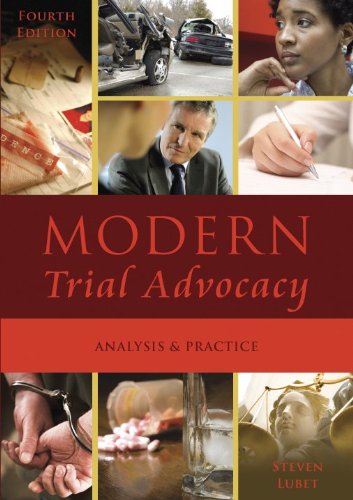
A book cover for Modern Trial Advocacy: Analysis and Practice; Steven Lubet; Law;